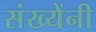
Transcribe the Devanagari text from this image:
संख्येंनी